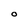
Character: O